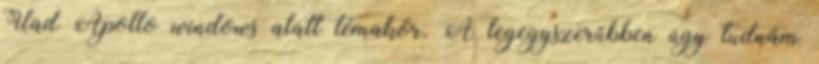
Uad Apollo windows alatt témakör. A legegyszerűbben úgy tudnám